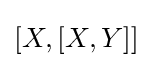
[X,[X,Y]]